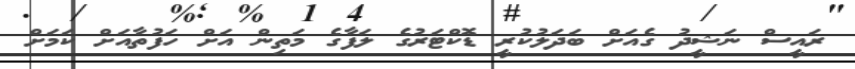
ރައީސް ނަޝީދު ގެއަށް ބަދަލުކުރީ ޑޮކްޓަރުގެ ލަފާގެ މަތިން އަށް ހަފުތާއަށް ކަމަށް